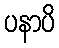
ပနာပိ